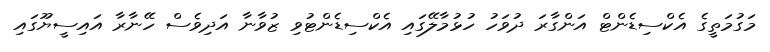
މަގުމަތީގެ އެކްސިޑެންޓް އަންގާރަ ދުވަހު ހުޅުމާލޭގައި އެކްސިޑެންޓުވި ޒުވާނާ އަދިވެސް ހޭނާރާ އައިސީޔޫގައި